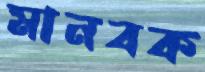
মানবক